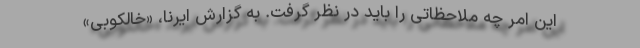
این امر چه ملاحظاتی را باید در نظر گرفت. به گزارش ایرنا، «خالکوبی»